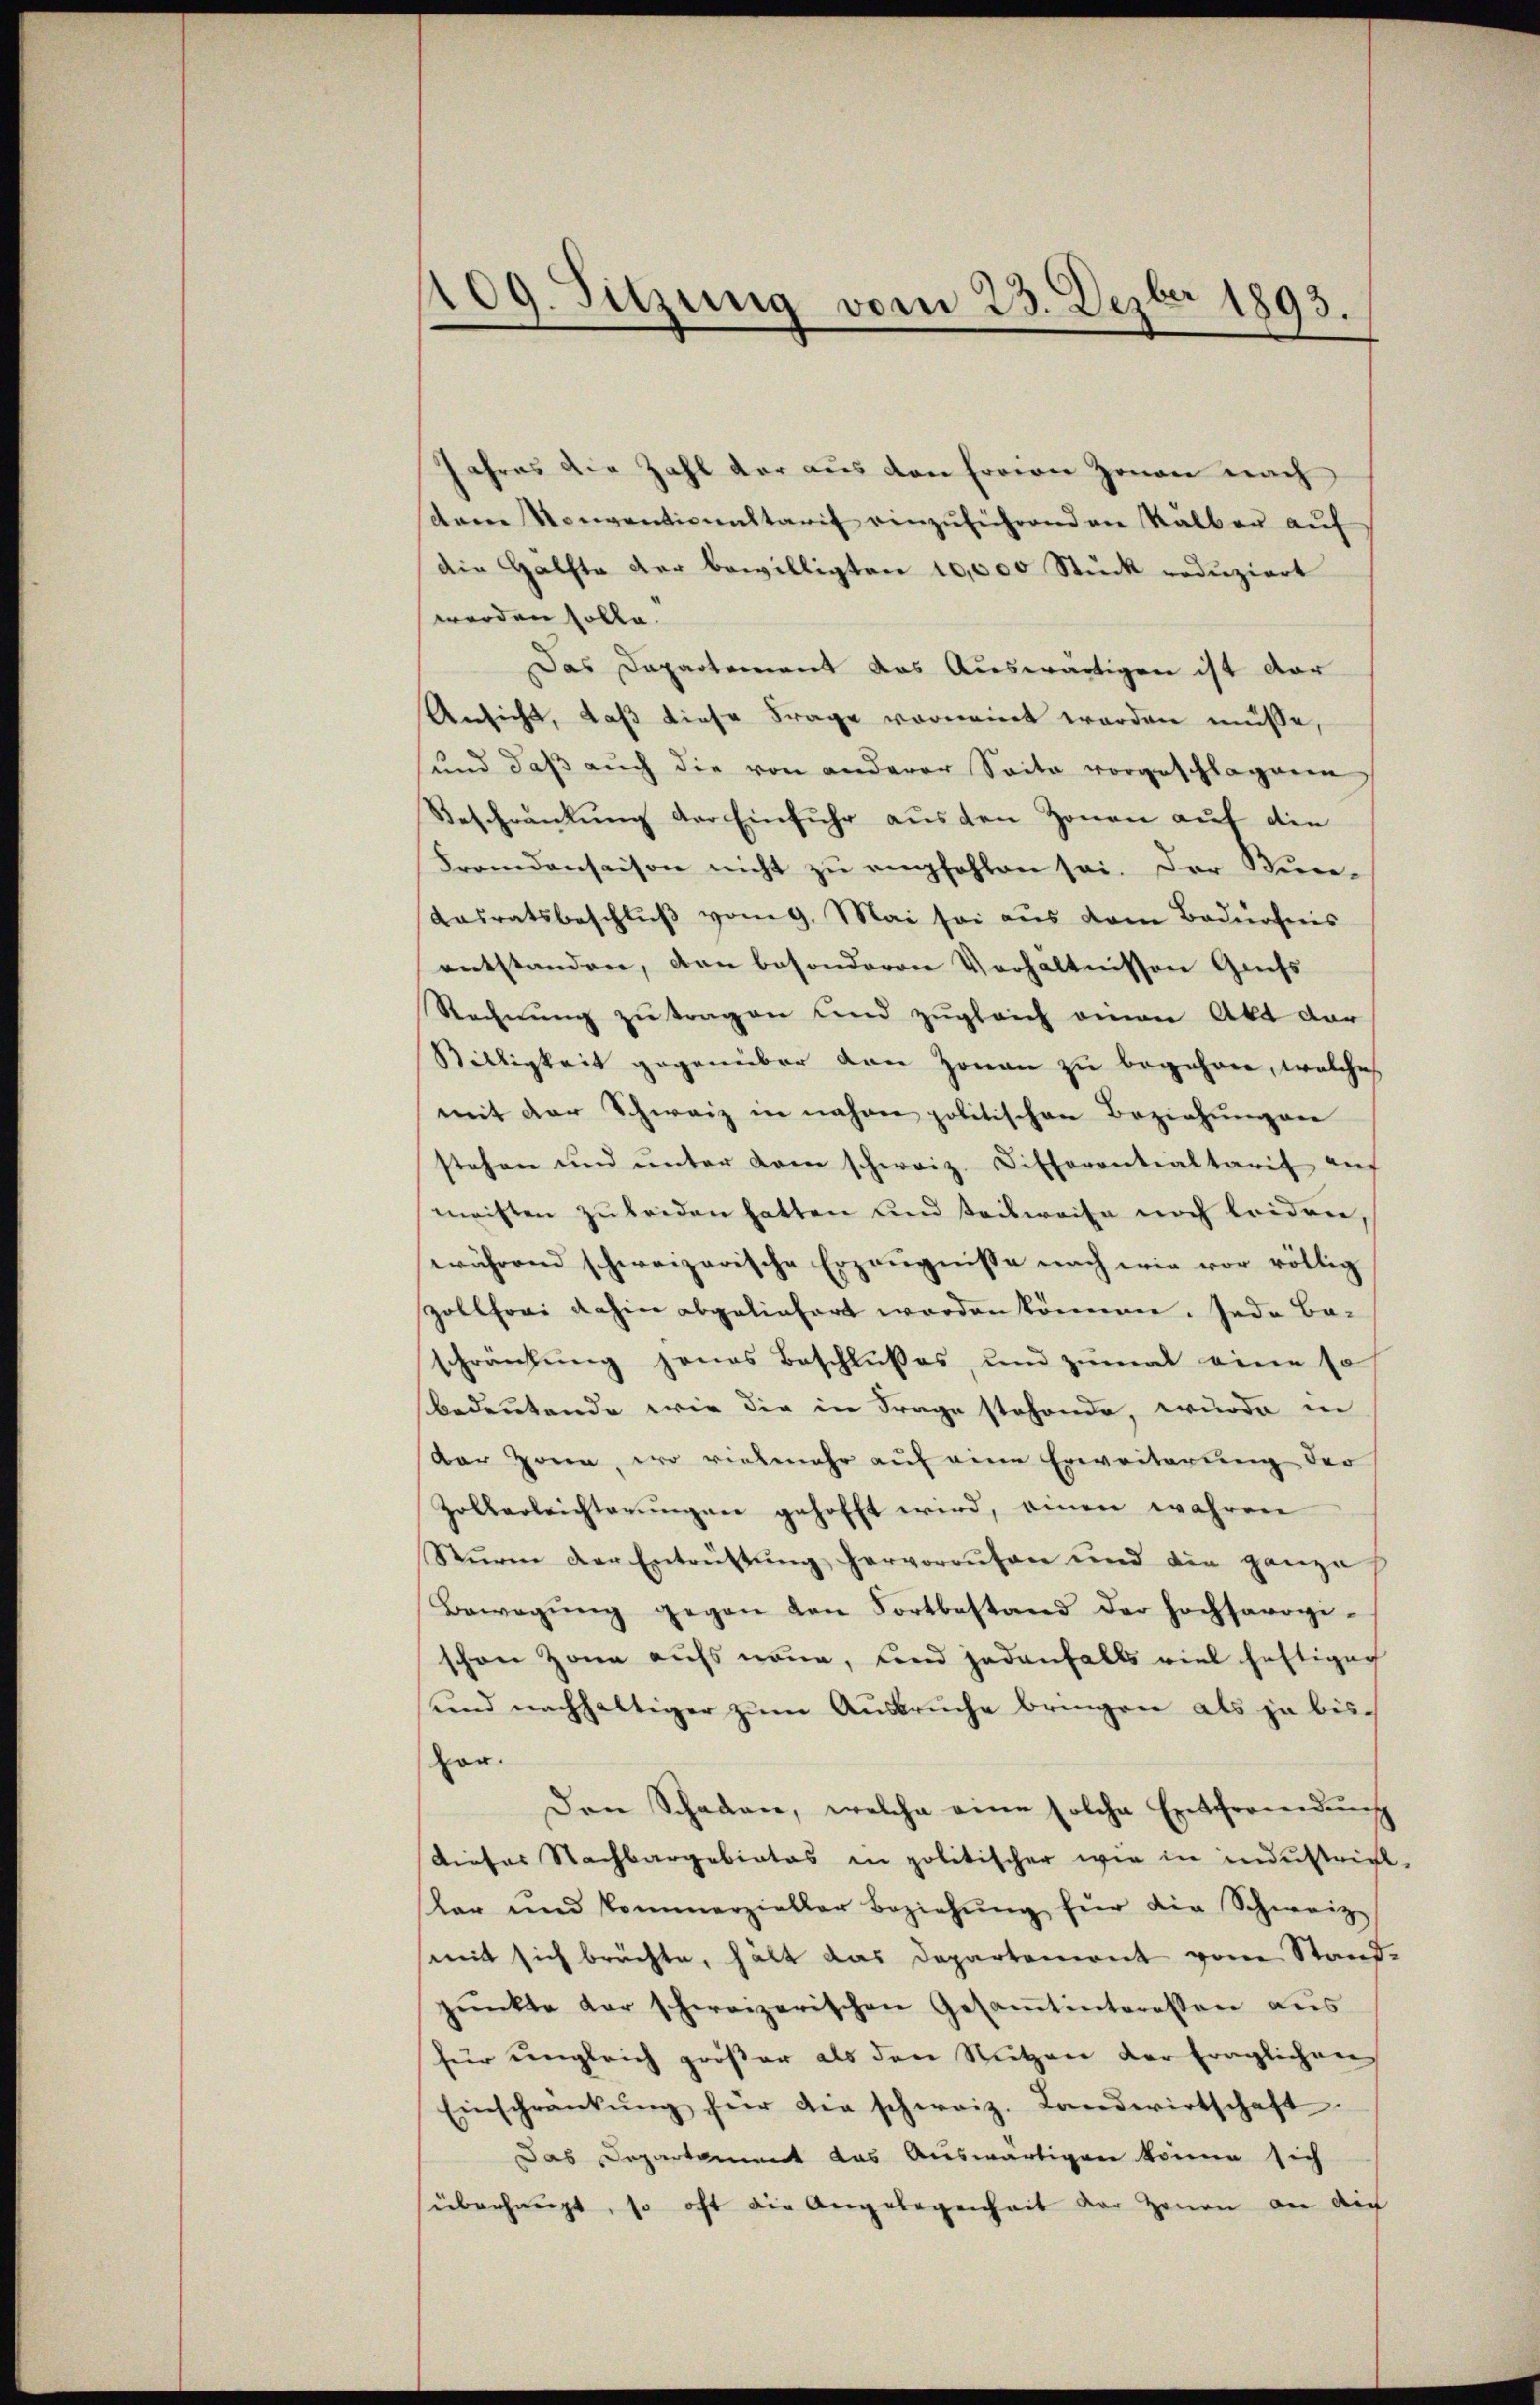
109. Sitzung vom 23. Dezbr 1893.

Jahres die Zahl der aus den freien Zonen nach
dem Konventionaltarif einzŭführenden Kalbau auf
die Hälfte der bewilligten 10,000 Stück reduziert
werden solle.
Das Departement das Auswärtigen ist dar
Ansicht, daß diese Frage vornennet worden müsse,
und daβ aŭch die von anderer Seite vorgeschlagenen
Beschränkung der Einfuhr aus den Zonen auf die
Fremdensaison nicht zu empfohlen sei. Der Bun¬
Kasratsbeschluß vom 9. Mai sei aus dem Bedürfnis
entstanden, den besonderen Verhältnissen Grifs
Rechnung zu tragen und zugleich einen Akt dar
Stilligkeit gegenüber den Zonau zu begehren, welches
mit der Schweiz in nahme politischen Beziehungene
stehen und unter kam schweiz. Differentialtarif aus
meisten zu leiden hatten und teilweise noch leiden,
während schweizerische Erzeugnisse nach wie vor völlig
zollfori dahin abgeliefert worden können. Jede Beschränkŭng jenes Beschlŭβes, und zŭmal eine so
bedeutende wie die in Frage stehende, wurde in
der Horen, wo vielmehr auf eine Erweiterung der
Zollerleichterŭngen gehofft wird, einen wahren
Stŭrm der Entrüstŭng hervorrufen und die ganze
Bewegung gegen den Fortbestand der hochsavogischon Zone aufs neue, und jedenfalls viel heftigen
und nachhaltiger zum Ausbruche bringen als ja bishor.
Den Schaden, welche eine solche Entfremdung
Dieser Nachbargebietes in politischer wie in industriel
dar und kommerzieller Beziehŭng für die Schweiz
semit sich brüchte, hält das Departement vom Standpŭnkte der schweizerischen Gesaṁtinteressen aus
für ungleich größer als den Nutzen der fraglichen
Einschrankŭng für die schweiz. Landwirtschaft.
Das Departement das Auswärtigen könne sich
überhaupt, so oft die Angelegenheit der Zeunen an dich